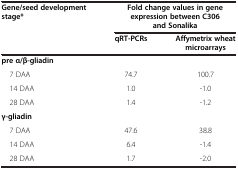
| <ROWSPAN=2> Gene/seed development stage* | <COLSPAN=2> Fold change values in gene expression between C306 and Sonalika |
 | qRT-PCRs | Affymetrix wheat microarrays |
 | --- | --- | --- |
 | <COLSPAN=3> pre α/β-gliadin |
 | 7 DAA | 74.7 | 100.7 |
 | 14 DAA | 1.0 | -1.0 |
 | 28 DAA | 1.4 | -1.2 |
 | <COLSPAN=3> γ-gliadin |
 | 7 DAA | 47.6 | 38.8 |
 | 14 DAA | 6.4 | -1.4 |
 | 28 DAA | 1.7 | -2.0 |